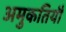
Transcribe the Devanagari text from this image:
अमुकतियौ